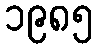
၁၉၈၅